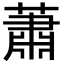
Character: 蕭